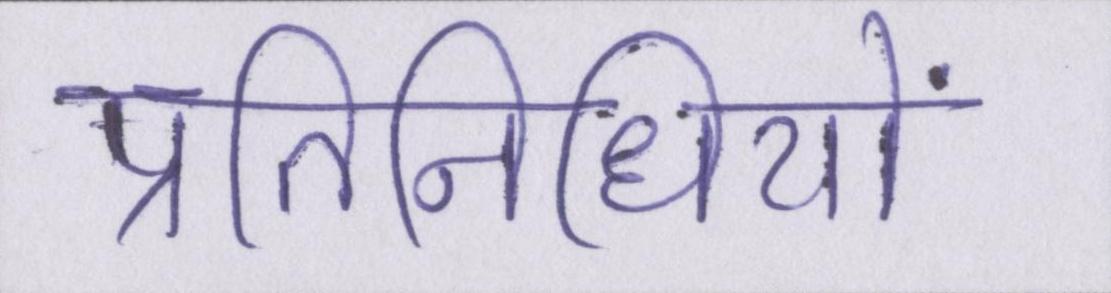
प्रतिनिधियों